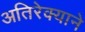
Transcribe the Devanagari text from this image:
अतिरेक्याने